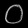
Digit: ၀